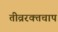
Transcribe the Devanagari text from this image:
तीव्ररक्तचाप